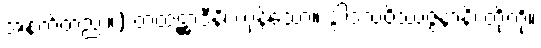
အနက်တည်း။) တထဋ္ဌာဒီနိ၊ ကုန်သော။ ဒွါဒသဝိဿဇ္ဇနာနိ၊ တို့ကို။